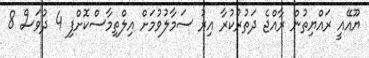
ޔޫއޭއީ ރައްޔިތުން ރާއްޖެ ދަތުރުކުރާ އިރު ސަމާލުވުމަށް އިލްތިމާސްކޮށްފި 4 ދުވަސް 8